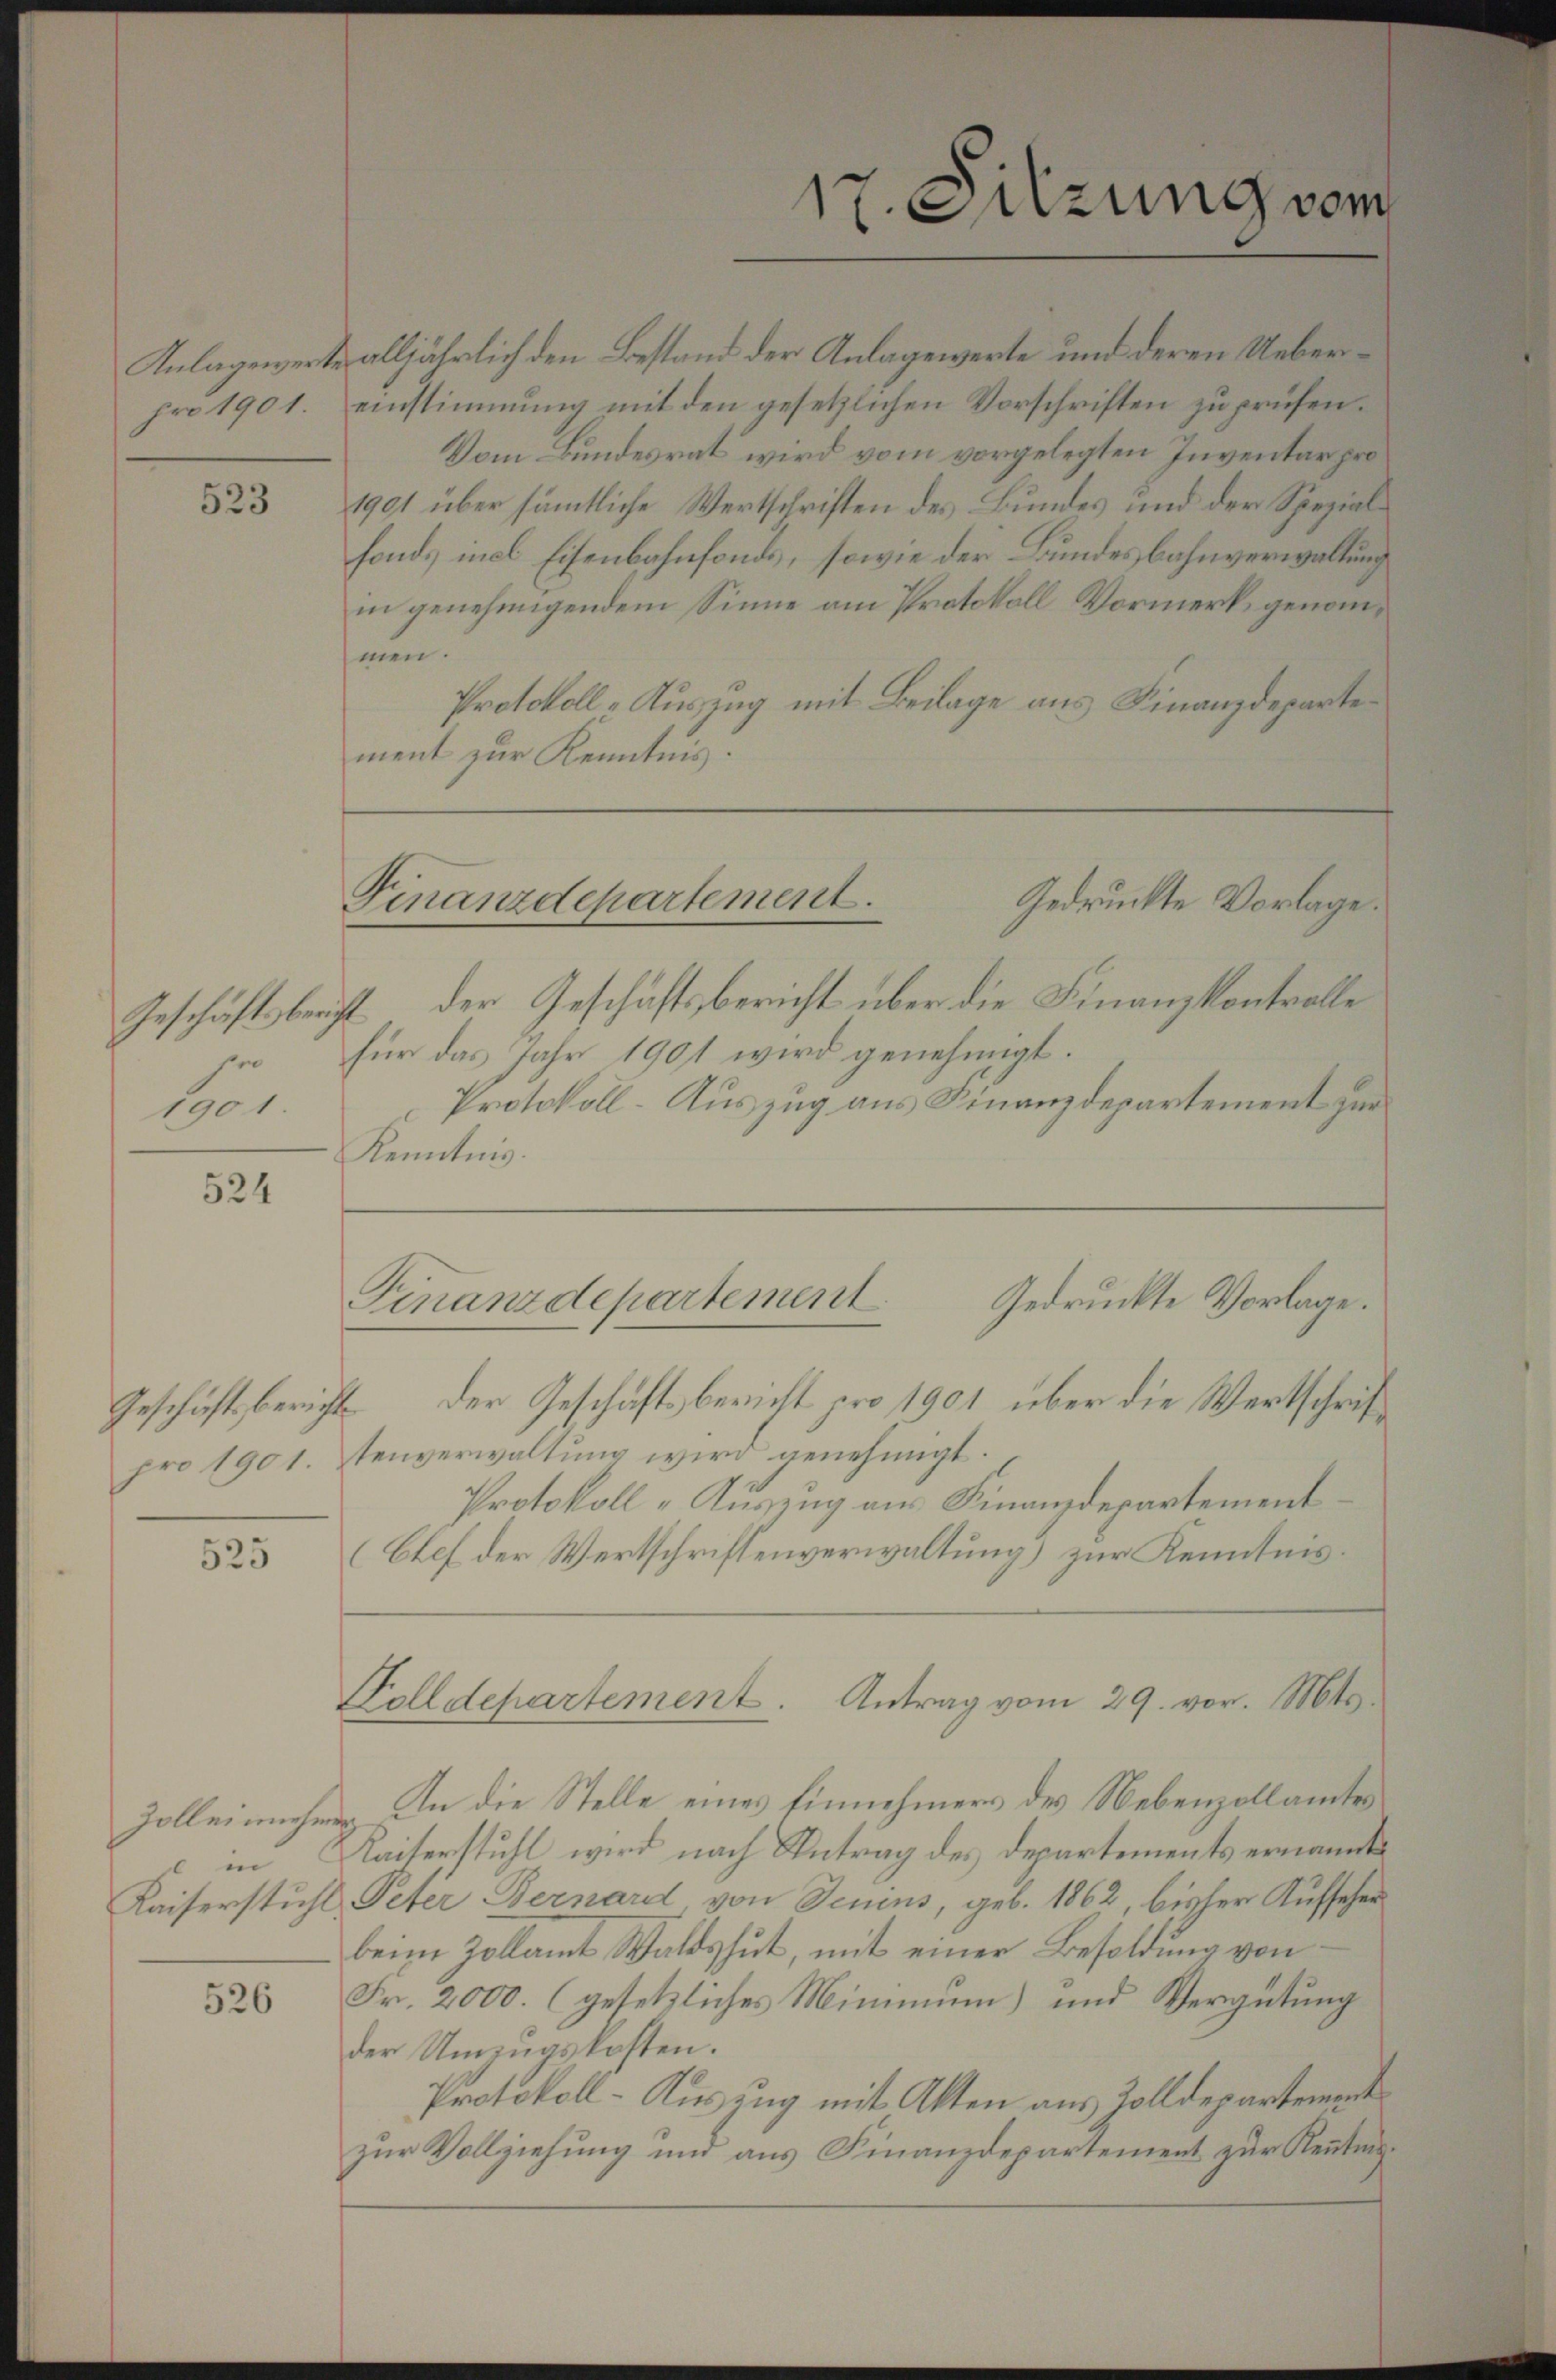
523

1901.

524

525

Zolleinnehmig
in

526

17. Sitzung vom

Gedruckte Vorlage.
Finanzdepartement.

Anlagewerte alljährlich den Bestand der Anlagewerte und deren Ueberpro 1901. einstimmung mit den gesetzlichen Vorschriften zu prüfen.
Vom Bundesrat wird vom vorgelegten Inventar pro
1901 über sämtliche Wertschriften des Bundes und der Spezialfond, incl Eisenbahnfonds, sowie der Bundesbahnverwaltung
in genehmigendem Sinne am Protokoll Vormerk genommen.
Protokoll-Auszug mit Beilage aus Finanzdeparte
ment zur Kenntnis.

Gedruckte Vorlage.
Finanzdepartement

Geschäftsbericht der Geschäftsbericht über die Finanzkontrolle
er für das Jahr 1901 wird genehmigt.
Protokoll-Auszug aus Finanzdepartement zur
Kenntnis.
Geschäftsbericht der Geschäftsbericht pro 1901 über die Wertschrifpro 1901.tenverwaltung wird genehmigt.
Protokoll-Auszug aus Finanzdepartement
(Chef der Wertschriftenverwaltung) zur Kenntnis
Folldepartement. Antrag vom 29. vor. Mt
An die Stelle eines Einnehmers des Nebenzollamtes
Kaiserstuhl wird nach Antrag des Departements ernannte
Kaiserstuhl Peter Bernard von Jenins, geb. 1862, bisher Aufseher
beim Zollamt Waldshut, mit einer Besoldung von
Fr. 2000. (gesetzliches Minimum) und Vergütung
der Umzugskosten.
Protokoll-Auszug mit Akten aus Zolldepartement
zur Vollziehung und aus Finanzdepartement zur Kenntnis¬